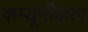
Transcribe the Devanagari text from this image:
कम्यूनीकल